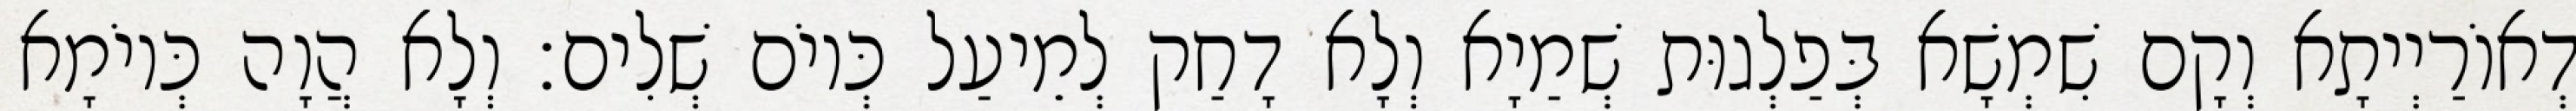
דְאוֹרַיְיתָא וְקָם שִׁמְשָׁא בְּפַלְגוּת שְׁמַיָא וְלָא דָחַק לְמֵיעַל כְּיוֹם שְׁלִים׃ וְלָא הֲוָה כְּיוֹמָא